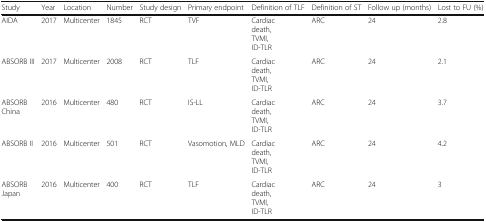
| Study | Year | Location | Number | Study design | Primary endpoint | Definition of TLF | Definition of ST | Follow up (months) | Lost to FU (%) |
 | --- | --- | --- | --- | --- | --- | --- | --- | --- | --- |
 | AIDA | 2017 | Multicenter | 1845 | RCT | TVF | Cardiacdeath,TVMI,ID-TLR | ARC | 24 | 2.8 |
 | ABSORB III | 2017 | Multicenter | 2008 | RCT | TLF | Cardiacdeath,TVMI,ID-TLR | ARC | 24 | 2.1 |
 | ABSORB China | 2016 | Multicenter | 480 | RCT | IS-LL | Cardiacdeath,TVMI,ID-TLR | ARC | 24 | 3.7 |
 | ABSORB II | 2016 | Multicenter | 501 | RCT | Vasomotion, MLD | Cardiacdeath,TVMI,ID-TLR | ARC | 24 | 4.2 |
 | ABSORB Japan | 2016 | Multicenter | 400 | RCT | TLF | Cardiacdeath,TVMI,ID-TLR | ARC | 24 | 3 |